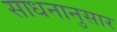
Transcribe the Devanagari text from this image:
साधनानुसार